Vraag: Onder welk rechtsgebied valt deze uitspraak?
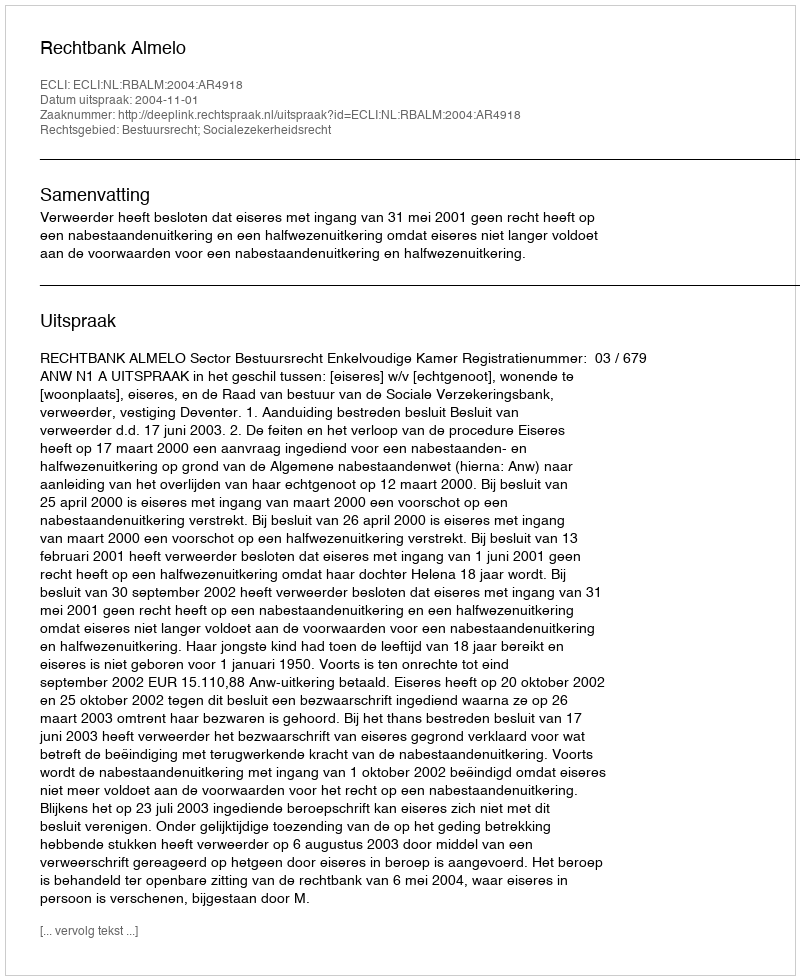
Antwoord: Bestuursrecht; Socialezekerheidsrecht